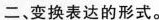
二、变换表达的形式。